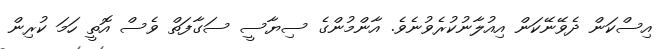
އިސްކަން ދެވޭނޭކަން އިއުލާނުކުރެވުނެވެ. އާންމުންގެ ސިޔާސީ ސަގާފަތް ވެސް އޮތީ ހަމަ ކުރިން